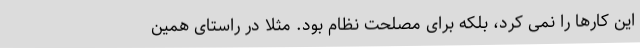
این کارها را نمی کرد، بلکه برای مصلحت نظام بود. مثلا در راستای همین